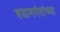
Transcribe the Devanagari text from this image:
श्यामपंतांच्या